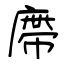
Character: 廗